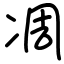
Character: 凋